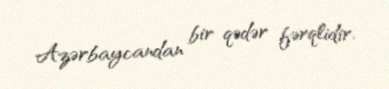
Azərbaycandan bir qədər fərqlidir.